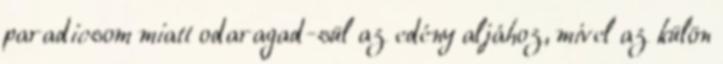
paradicsom miatt odaragad-sül az edény aljához, mivel az külön